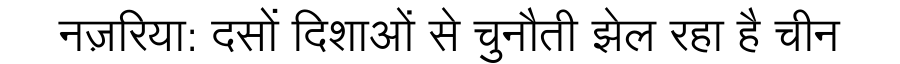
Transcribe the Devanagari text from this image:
नज़रिया: दसों दिशाओं से चुनौती झेल रहा है चीन